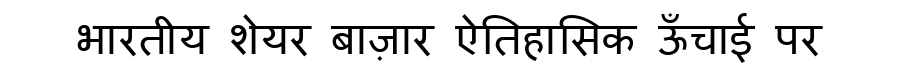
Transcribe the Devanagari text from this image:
भारतीय शेयर बाज़ार ऐतिहासिक ऊँचाई पर